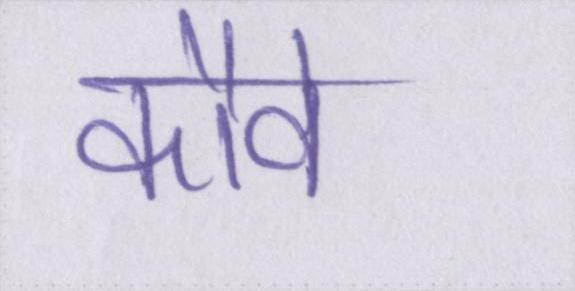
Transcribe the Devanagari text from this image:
कौवे